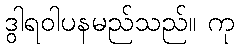
ဒွါရဝါပနမည်သည်။ ကု